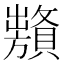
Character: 𧸞